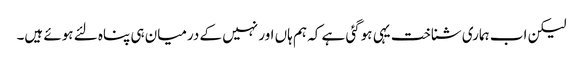
لیکن اب ہماری شناخت یہی ہوگئی ہے کہ ہم ہاں اور نہیں کے درمیان ہی پناہ لئے ہوئے ہیں۔